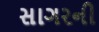
સાગરની